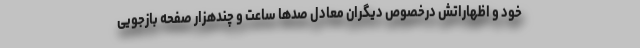
خود و اظهاراتش درخصوص دیگران معادل صدها ساعت و چندهزار صفحه بازجویی